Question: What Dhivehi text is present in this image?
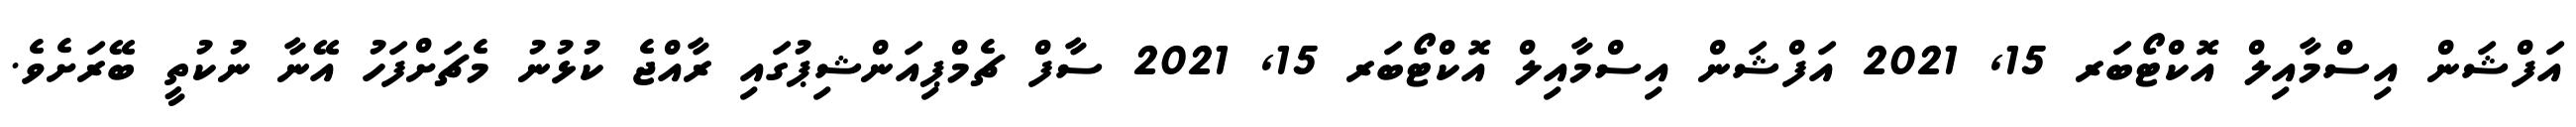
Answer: އަފްޝަން އިސްމާއިލް އޮކްޓޯބަރ 15, 2021 އަފްޝަން އިސްމާއިލް އޮކްޓޯބަރ 15, 2021 ސާފް ޗެމްޕިއަންޝިޕުގައި ރާއްޖެ ކުޅުނު މެޗަށްފަހު އޭނާ ނުކުތީ ބޭރަށެވެ.